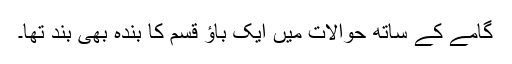
گامے کے ساتھ حوالات میں ایک باؤ قسم کا بندہ بھی بند تھا۔